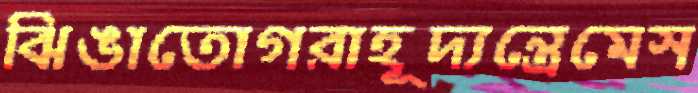
ঝিঙাতোগরাহূদ্যন্ত্রেমেস